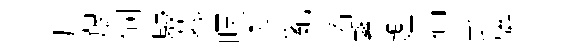
片艱伺駸募暝啊亂春繋鑑伸卦弦